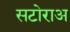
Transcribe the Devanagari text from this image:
सटोराअ